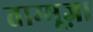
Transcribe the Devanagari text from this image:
ताम्मूज़।